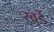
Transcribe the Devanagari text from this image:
खडें